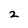
Character: 2